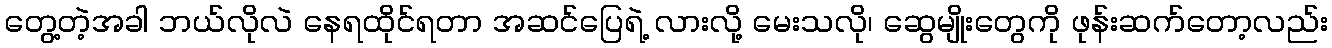
တွေ့တဲ့အခါ ဘယ်လိုလဲ နေရထိုင်ရတာ အဆင်ပြေရဲ့ လားလို့ မေးသလို၊ ဆွေမျိုးတွေကို ဖုန်းဆက်တော့လည်း